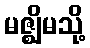
မဇ္ဈိမသို့